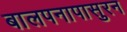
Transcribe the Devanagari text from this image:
बालपनापासुरन